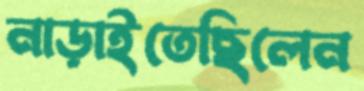
নাড়াইতেছিলেন